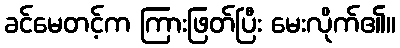
ခင်မေတင့်က ကြားဖြတ်ပြီး မေးလိုက်၏။